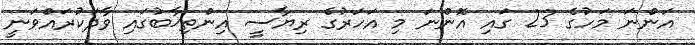
އަންނަ މަހުގެ 23 ގައި އޮންނަ މި އަހަރުގެ ރިޔާސީ އިންތިޚާބުގައި ވާދަކުރައްވަނީ